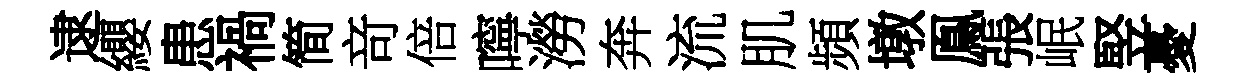
逮纓患禍简竒倍嚀澇奔流肌頻墩鳯張岷竪憂